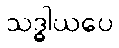
သဒ္ဓါယပေ